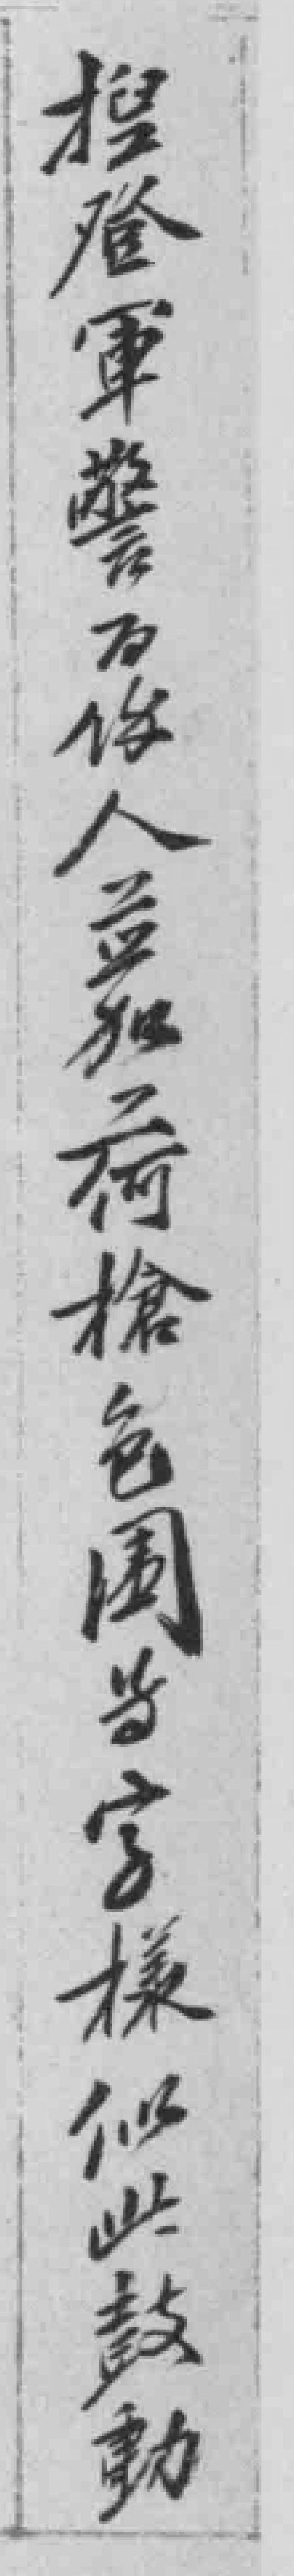
报登軍警百餘人並加荷槍包围当字樣似此鼓動